Report on enteric fever
Disease focus: Fever
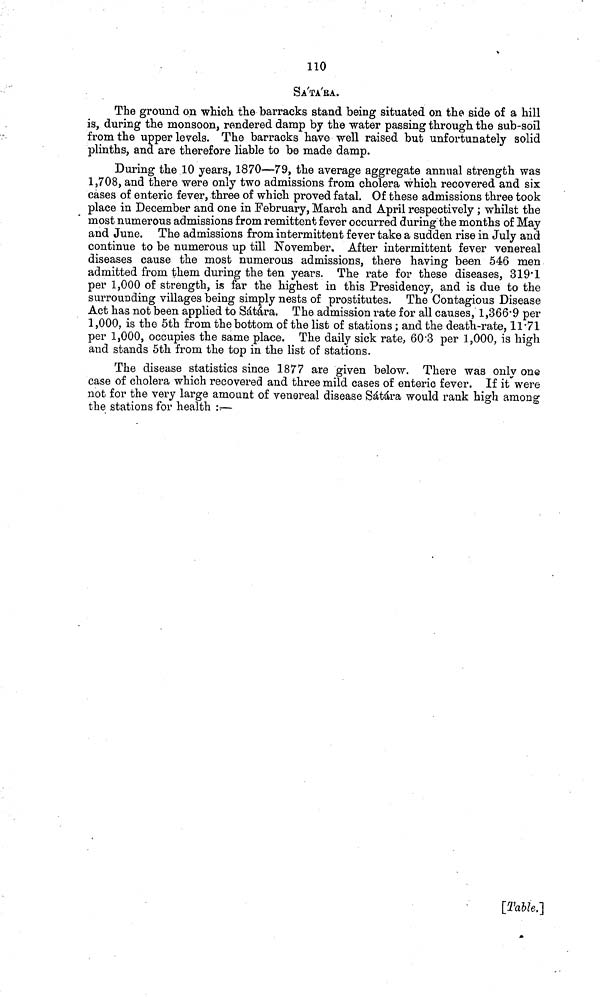
110
SÁTÁRA.
The ground on which the barracks stand being situated on the side of a hill
is, during the monsoon, rendered damp by the water passing through the sub soil
from the upper levels. The barracks have well raised but unfortunately solid
plinths, and are therefore liable to be made damp.
During the 10 years, 1870—79, the average aggregate annual strength was
1,708, and there were only two admissions from cholera which recovered and six
cases of enteric fever, three of which proved fatal. Of these admissions three took
place in December and one in February, March and April respectively ; whilst the
most numerous admissions from remittent fever occurred during the months of May
and June. The admissions from intermittent fever take a sudden rise in July and
continue to be numerous up till November. After intermittent fever venereal
diseases cause the most numerous admissions, there having been 546 men
admitted from them during the ten years. The rate for these diseases, 319 1
per 1,000 of strength, is far the highest in this Presidency, and is clue to the
surrounding villages being simply nests of prostitutes. The Contagious Disease
Act has not been applied to Sáhára. The admission rate for all causes, 1,366 9 per
1,000, is the 5th from the bottom of the list of stations; and the death rate, 11 71
per 1,000, occupies the same place. The daily sick rate, 60 3 per 1,000, is high
and stands 5th from the top in the list of stations.
The disease statistics since 1877 are given below. There was only one
case of cholera which recovered and three mild cases of enteric fever. If it were
not for the very large amount of venereal disease Sátára would rank high among
the stations for health :—
[Table.]